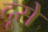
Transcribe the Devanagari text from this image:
दूसे